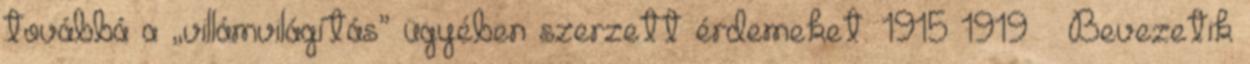
továbbá a „villámvilágítás” ügyében szerzett érdemeket. 1915–1919 – Bevezetik